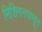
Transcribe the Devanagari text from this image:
मिशिगनपासून